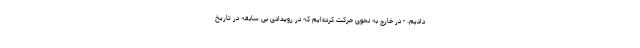
دادیم. - در خارج به نحوی حرکت کرده‌ایم که در رویدادی بی سابقه در تاریخ